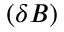
( \delta B )